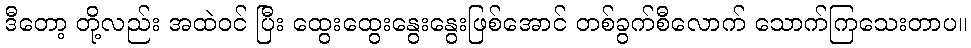
ဒီတော့ တို့လည်း အထဲဝင် ပြီး ထွေးထွေးနွေးနွေးဖြစ်အောင် တစ်ခွက်စီလောက် သောက်ကြသေးတာပ။